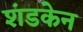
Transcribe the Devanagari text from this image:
शंडकेन